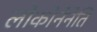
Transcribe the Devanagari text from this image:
लोकोनेनेति